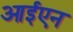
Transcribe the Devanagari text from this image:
आईएन